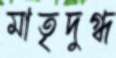
মাতৃদুগ্ধ